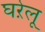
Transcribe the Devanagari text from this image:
घऱेलू